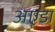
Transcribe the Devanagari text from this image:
अएडा